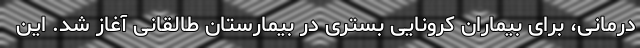
درمانی، برای بیماران کرونایی بستری در بیمارستان طالقانی آغاز شد. این